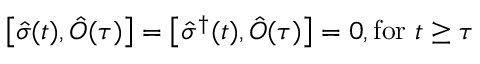
\left[ \hat { \sigma } ( t ) , \hat { O } ( \tau ) \right] = \left[ \hat { \sigma } ^ { \dagger } ( t ) , \hat { O } ( \tau ) \right] = 0 , \mathrm { f o r } \, \, t \geq \tau